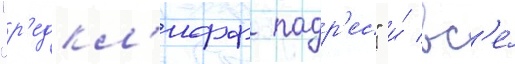
"р'едкл'ифф падр'ес" и́ вс'е́